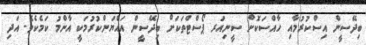
ބިދޭސީން އިސްކުރުމާއި ހާއްސަކޮށް ސީނިއަރ ޕޯސްޓްތަކަށް ބިދޭސީން އައްޔަންކުރުމަކީ އާންމު ކަމެކެވެ. އަދި